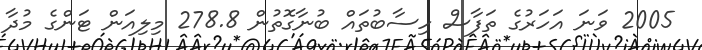
2005 ވަނަ އަހަރުގެ ތަފާސް ހިސާބުތައް ބުނާގޮތުން 278.8 މިލިއަން ޓަންގެ މުދާ